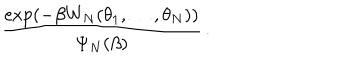
{ \frac { \exp \left( - \beta W _ { N } ( \theta _ { 1 } , \ldots , \theta _ { N } ) \right) } { \Psi _ { N } ( \beta ) } } \, .